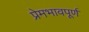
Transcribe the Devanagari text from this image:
प्रेमभावपूर्ण